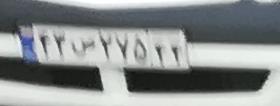
۹۴ص۷۶۵۹۴